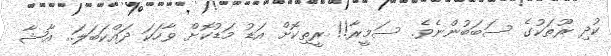
ކުދި ރޫތަކުގެ ސަބަބުންނެވެ. ސަމީރާ!! ރީތިކޮށް އަޑު މަޑުކޮށް ވާހަކަ ދައްކަބަލަ.. އާޝާ